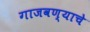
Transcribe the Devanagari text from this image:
गाजवण्याचे